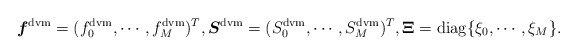
\begin{align*}\boldsymbol{f}^{\mathrm{dvm}} = (f^{\mathrm{dvm}}_0, \cdots, f^{\mathrm{dvm}}_M)^T, \boldsymbol{S}^{\mathrm{dvm}} = (S^{\mathrm{dvm}}_0, \cdots, S^{\mathrm{dvm}}_M)^T, {\bf \Xi} = \mathrm{diag} \{ \xi_0, \cdots, \xi_M \}.\end{align*}